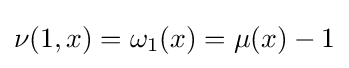
\nu (1,x)=\omega _{1}(x)=\mu (x)-1